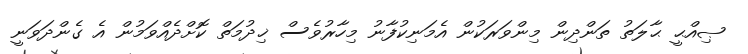
ޞިއްޙީ ޙާލަތު ތަންދިން މިންވަރަކުން އެމަނިކުފާނު މިހާރުވެސް ޚިދުމަތް ކޮށްދެއްވަމުން އެ ގެންދަވަނީ